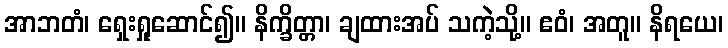
အာဘတံ၊ ရှေးရှုဆောင်၍။ နိက္ခိတ္တာ၊ ချထားအပ် သကဲ့သို့။ ဧဝံ၊ အတူ။ နိရယေ၊